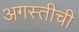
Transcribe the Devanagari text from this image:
अगस्तीची